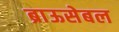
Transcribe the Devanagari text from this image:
ब्राऊसेबल